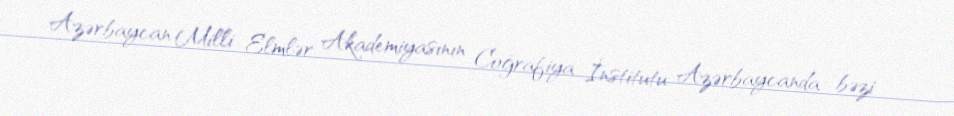
Azərbaycan Milli Elmlər Akademiyasının Coğrafiya İnstitutu Azərbaycanda bəzi